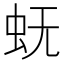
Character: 𰲫